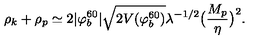
\rho _ { k } + \rho _ { p } \simeq 2 | \varphi _ { b } ^ { 6 0 } | \sqrt { 2 V ( \varphi _ { b } ^ { 6 0 } ) } \lambda ^ { - 1 / 2 } \bigl ( { \frac { M _ { p } } { \eta } } \bigr ) ^ { 2 } .